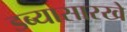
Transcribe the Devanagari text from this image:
डब्यासारखे